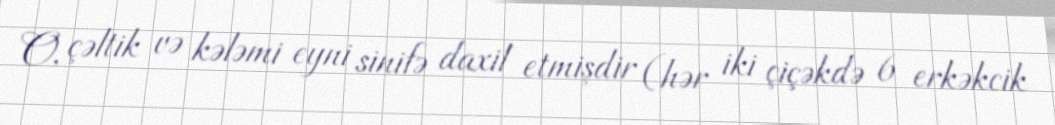
O, çəltik və kələmi eyni sinifə daxil etmişdir (hər iki çiçəkdə 6 erkəkcik